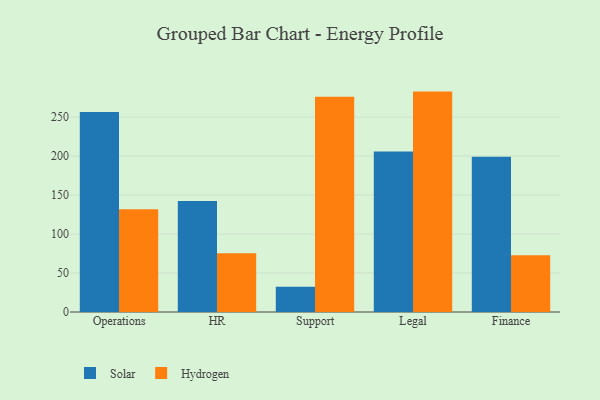
{"axis": {"x": "Department", "y": "Page Views"}, "legend": ["Hydrogen", "Solar"], "data": [{"x": "Operations", "y": 256.4, "type": "Solar"}, {"x": "Operations", "y": 131.8, "type": "Hydrogen"}, {"x": "HR", "y": 142.4, "type": "Solar"}, {"x": "HR", "y": 75.3, "type": "Hydrogen"}, {"x": "Support", "y": 32.3, "type": "Solar"}, {"x": "Support", "y": 276.1, "type": "Hydrogen"}, {"x": "Legal", "y": 205.9, "type": "Solar"}, {"x": "Legal", "y": 282.7, "type": "Hydrogen"}, {"x": "Finance", "y": 199.2, "type": "Solar"}, {"x": "Finance", "y": 72.7, "type": "Hydrogen"}]}